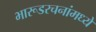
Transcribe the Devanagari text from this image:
भारूडरचनांमध्ये